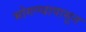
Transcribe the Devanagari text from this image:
भोगण्यापासून